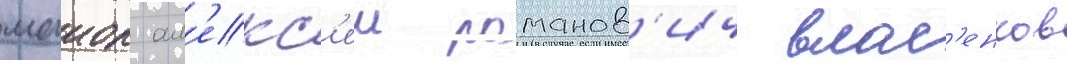
маиор ал'екс'еи романов'ич влас'енков